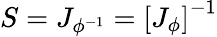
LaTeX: S=J_{\phi^{-1}}=\left[J_{\phi}\right]^{-1}